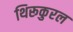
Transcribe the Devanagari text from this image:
थिरूकुरल